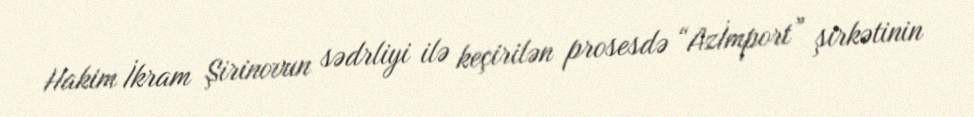
Hakim İkram Şirinovun sədrliyi ilə keçirilən prosesdə “Azİmport” şirkətinin